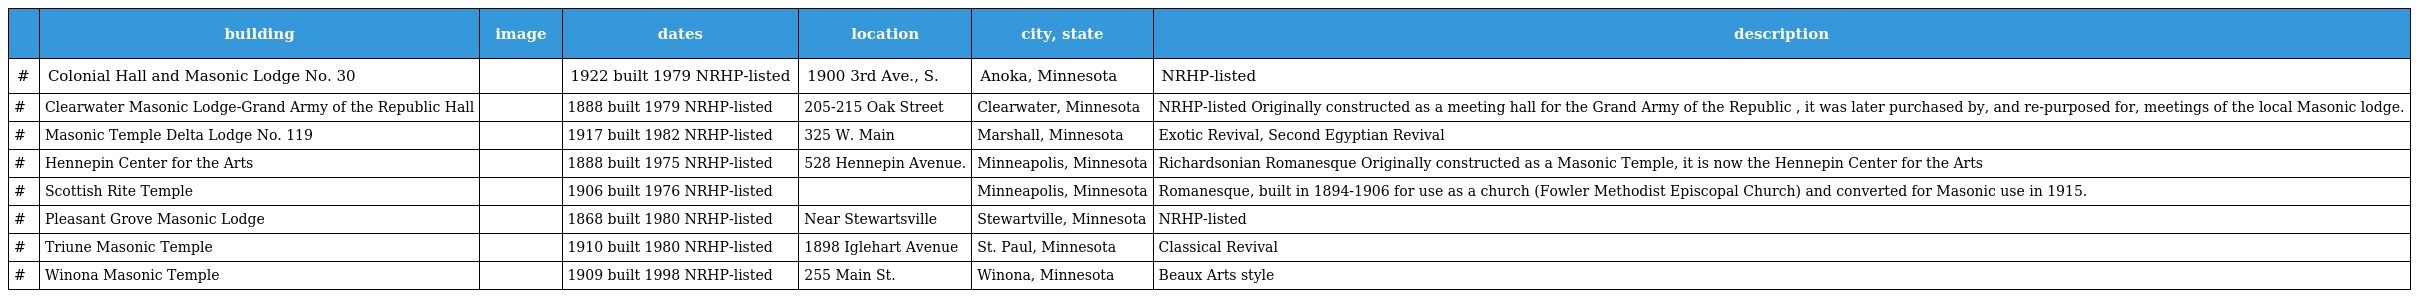
|  | building | image | dates | location | city, state | description |
 | --- | --- | --- | --- | --- | --- | --- |
 | # | Colonial Hall and Masonic Lodge No. 30 |  | 1922 built 1979 NRHP-listed | 1900 3rd Ave., S. | Anoka, Minnesota | NRHP-listed |
 | # | Clearwater Masonic Lodge-Grand Army of the Republic Hall |  | 1888 built 1979 NRHP-listed | 205-215 Oak Street | Clearwater, Minnesota | NRHP-listed Originally constructed as a meeting hall for the Grand Army of the Republic , it was later purchased by, and re-purposed for, meetings of the local Masonic lodge. |
 | # | Masonic Temple Delta Lodge No. 119 |  | 1917 built 1982 NRHP-listed | 325 W. Main | Marshall, Minnesota | Exotic Revival, Second Egyptian Revival |
 | # | Hennepin Center for the Arts |  | 1888 built 1975 NRHP-listed | 528 Hennepin Avenue. | Minneapolis, Minnesota | Richardsonian Romanesque Originally constructed as a Masonic Temple, it is now the Hennepin Center for the Arts |
 | # | Scottish Rite Temple |  | 1906 built 1976 NRHP-listed |  | Minneapolis, Minnesota | Romanesque, built in 1894-1906 for use as a church (Fowler Methodist Episcopal Church) and converted for Masonic use in 1915. |
 | # | Pleasant Grove Masonic Lodge |  | 1868 built 1980 NRHP-listed | Near Stewartsville | Stewartville, Minnesota | NRHP-listed |
 | # | Triune Masonic Temple |  | 1910 built 1980 NRHP-listed | 1898 Iglehart Avenue | St. Paul, Minnesota | Classical Revival |
 | # | Winona Masonic Temple |  | 1909 built 1998 NRHP-listed | 255 Main St. | Winona, Minnesota | Beaux Arts style |